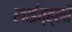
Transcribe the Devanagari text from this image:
लाईव्ह्ली